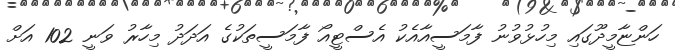
ހަންޏާމީދޫގައި މިހުޅުވުނު ފާމަސީއާއެކު އެސްޓީއޯ ފާމަސީތަކުގެ އަދަދު މިހާރު ވަނީ 102 އަށް